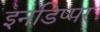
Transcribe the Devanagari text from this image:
इनडिप्पर